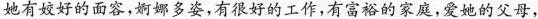
她有姣好的面容，婀娜多姿，有很好的工作，有富裕的家庭，爱她的父母，